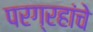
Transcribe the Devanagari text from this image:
परग्रहांचे